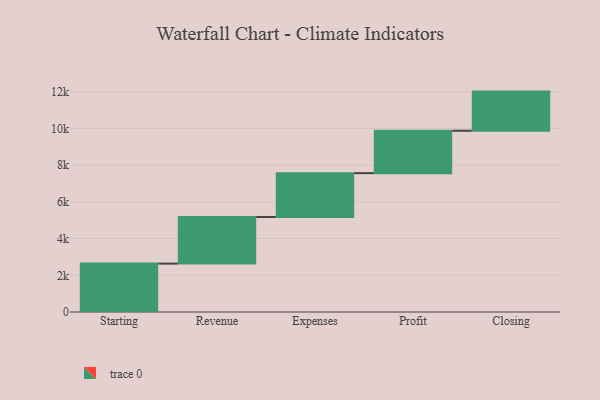
{"axis": {"x": "Step", "y": "Value"}, "legend": [""], "data": [{"x": "Starting", "y": 2637.0, "type": ""}, {"x": "Revenue", "y": 2540.0, "type": ""}, {"x": "Expenses", "y": 2391.0, "type": ""}, {"x": "Profit", "y": 2311.0, "type": ""}, {"x": "Closing", "y": 2134.0, "type": ""}]}